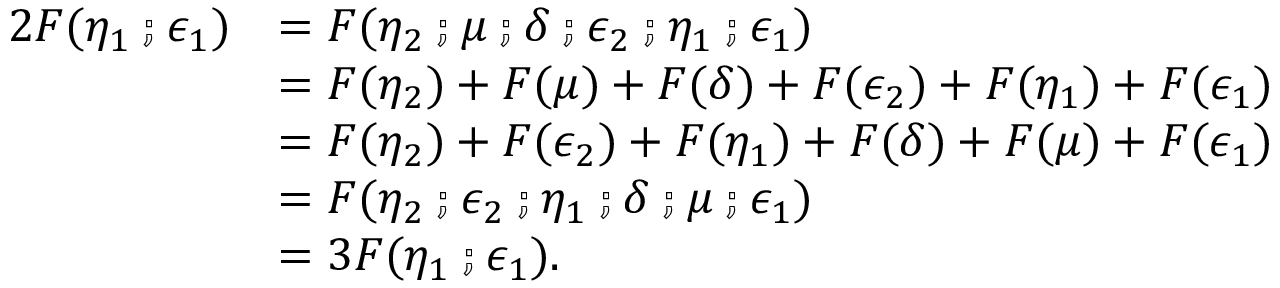
\begin{array} { r l } { 2 F ( \eta _ { 1 } \fcmp \epsilon _ { 1 } ) } & { = F ( \eta _ { 2 } \fcmp \mu \fcmp \delta \fcmp \epsilon _ { 2 } \fcmp \eta _ { 1 } \fcmp \epsilon _ { 1 } ) } \\ & { = F ( \eta _ { 2 } ) + F ( \mu ) + F ( \delta ) + F ( \epsilon _ { 2 } ) + F ( \eta _ { 1 } ) + F ( \epsilon _ { 1 } ) } \\ & { = F ( \eta _ { 2 } ) + F ( \epsilon _ { 2 } ) + F ( \eta _ { 1 } ) + F ( \delta ) + F ( \mu ) + F ( \epsilon _ { 1 } ) } \\ & { = F ( \eta _ { 2 } \fcmp \epsilon _ { 2 } \fcmp \eta _ { 1 } \fcmp \delta \fcmp \mu \fcmp \epsilon _ { 1 } ) } \\ & { = 3 F ( \eta _ { 1 } \fcmp \epsilon _ { 1 } ) . } \end{array}